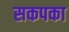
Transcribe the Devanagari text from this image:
सकपका